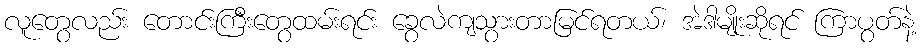
လူတွေလည်း တောင်းကြီးတွေထမ်းရင်း ခွေလဲကျသွားတာမြင်ရတယ်၊ အဲဒါမျိုးဆိုရင် ကြာပွတ်နဲ့